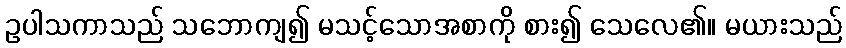
ဥပါသကာသည် သဘောကျ၍ မသင့်သောအစာကို စား၍ သေလေ၏။ မယားသည်